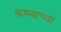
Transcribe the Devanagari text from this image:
कण्वाच्या